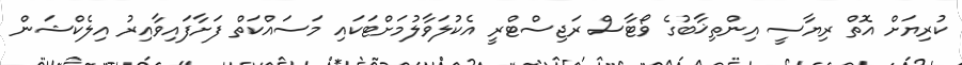
ކުރިޔަށް އޮތް ރިޔާސީ އިންތިޚާބުގެ ވޯޓާސް ރަޖިސްޓްރީ އެކުލަވާލުމަށްޓަކައި މަސައްކަތް ފަށާފައިވާއިރު އިލެކްޝަން